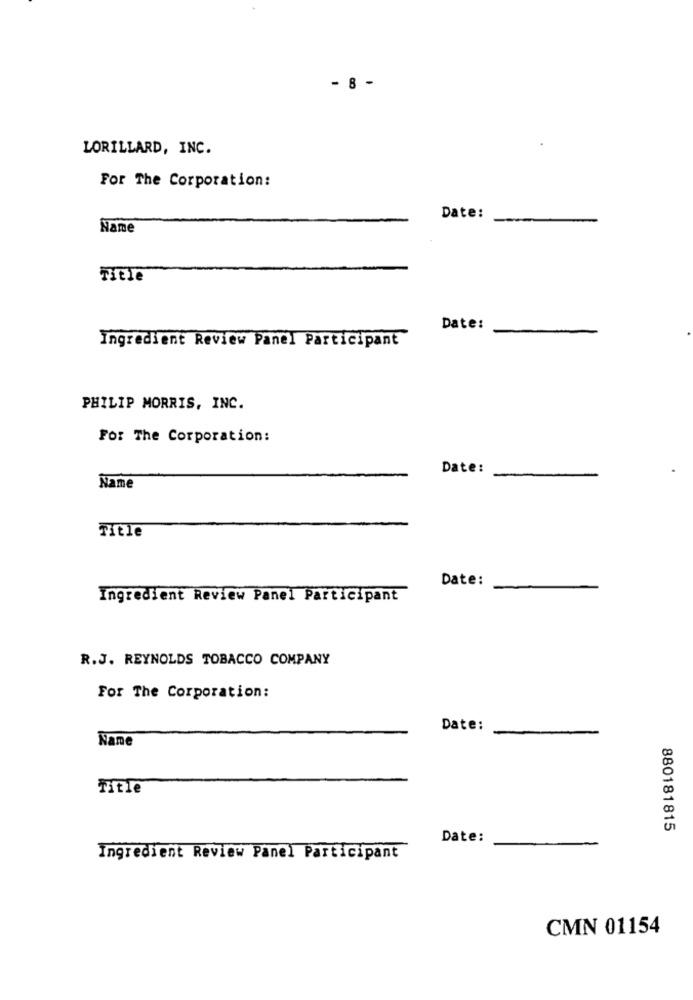
- 8 -
LORILLARD, INC.
For The Corporation:
Date:
Name
Title
Date:
Ingredient Review Panel Participant
PHILIP MORRIS, INC.
For The Corporation:
Date:
Name
Title
Date:
Ingredient Review Panel Participant
R.J. REYNOLDS TOBACCO COMPANY
For The Corporation:
Date:
Nane
Title
880181815
Date:
Ingredient Review Panel Participant
CMN 01154